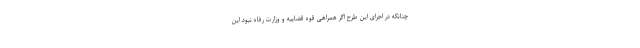
چنانکه در اجرای این طرح اگر همراهی قوه قضاییه و وزارت رفاه نبود این